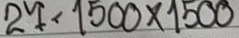
27 = 1500 x 1500